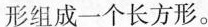
形组成一个长方形。